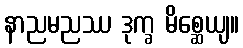
နာညမညဿ ဒုက္ခ မိစ္ဆေယျ။